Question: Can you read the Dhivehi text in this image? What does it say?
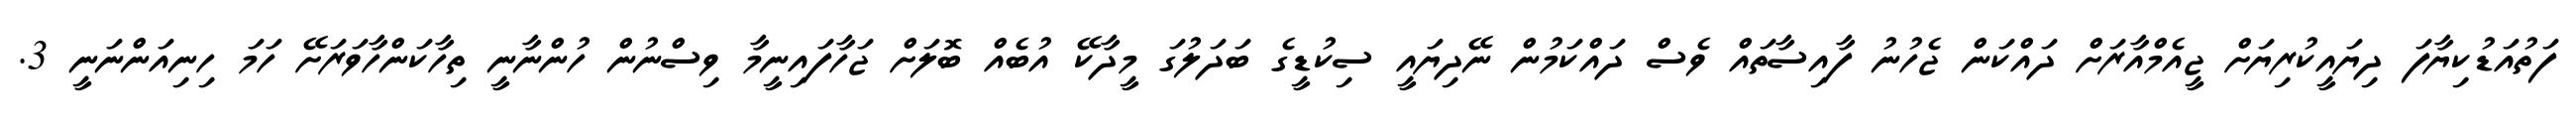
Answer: ފަތުއަޑުކިޔާފަ ދިޔައީކުރިޔަށް ޖީއެމްއާރަށް ދައްކަން ޖެހުނު ފާއިސާތައް ވެސް ދައްކަމުން ނޭދިޔައީ ސިކުޑީގެ ބަދަލުގަ މީދާކޭ އުބެއް ބޮލަށް ޖަހާފައިނީމާ ވިސްނުން ހުންނާނީ ތިހާކަންހާވަރަށޭ ހަމަ ހިނިއަންނަނީ 3.